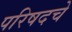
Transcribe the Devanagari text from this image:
परिषदचे